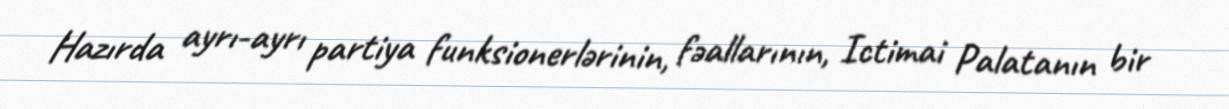
Hazırda ayrı-ayrı partiya funksionerlərinin, fəallarının, Ictimai Palatanın bir